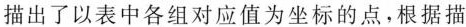
描出了以表中各组对应值为坐标的点，根据描